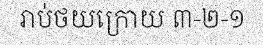
រាប់ថយក្រោយ ៣-២-១